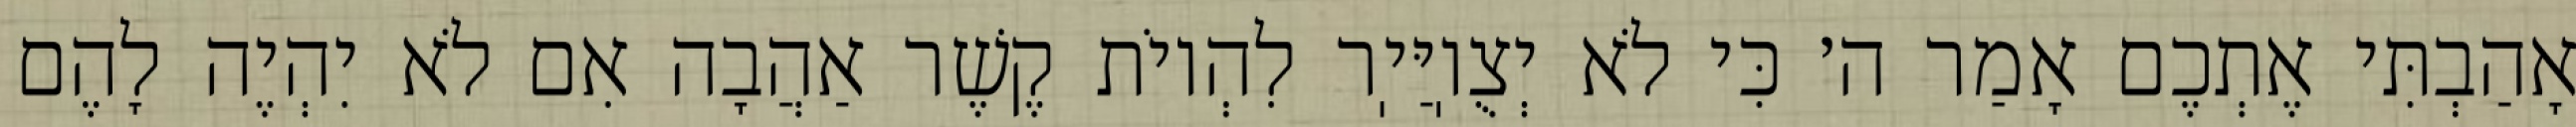
אָהַבְתִּי אֶתְכֶם אָמַר ה׳ כִּי לֹא יְצֻוֽיַּיֽר לִהְיוֹת קֶשֶׁר אַהֲבָה אִם לֹא יִהְיֶה לָהֶם